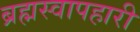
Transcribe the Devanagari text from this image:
ब्रह्मस्वापहारी